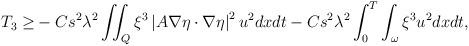
LaTeX: \begin{align*}\begin{aligned}T_3\ge &-C s^2 \lambda^2 \iint_{Q} \xi^3 \left|A \nabla \eta \cdot \nabla \eta \right|^2 u^2 dx dt -C s^2 \lambda^2 \int_{0}^{T}\int_{\omega} \xi^3 u^2 dx dt,\end{aligned}\end{align*}